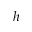
h